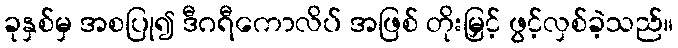
ခုနှစ်မှ အစပြု၍ ဒီဂရီကောလိပ် အဖြစ် တိုးမြှင့် ဖွင့်လှစ်ခဲ့သည်။